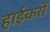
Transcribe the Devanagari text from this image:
हाईकरों